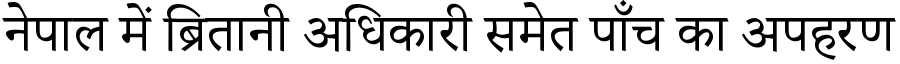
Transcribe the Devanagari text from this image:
नेपाल में ब्रितानी अधिकारी समेत पाँच का अपहरण